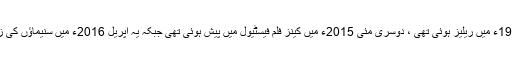
اول اکتوبر 1998ء میں ریلیز ہوئی تھی ، دوسری مئی 2015ء میں کینز فلم فیسٹیول میں پیش ہوئی تھی جبکہ یہ اپریل 2016ء میں سنیماﺅں کی زینت بنی تھی ۔